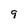
Character: 9